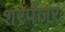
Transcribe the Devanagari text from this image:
शरपंजर